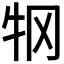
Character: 𰠫